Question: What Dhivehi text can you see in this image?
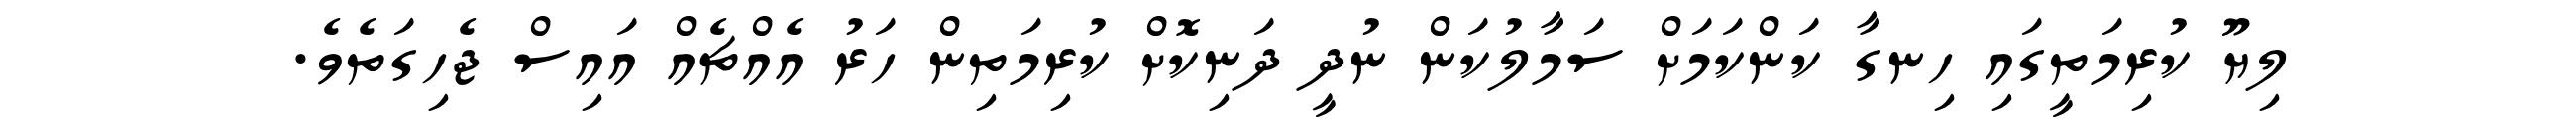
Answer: ލިޔޫ ކުރިމަތީގައި ހިނގާ ކަންކަމަށް ސަމާލުކަން ނުދީ ދަނިކޮށް ކުރިމަތިން ހަރު އެއްޗެއް އައިސް ޖެހިގަތެވެ.